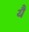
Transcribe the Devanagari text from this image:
यैं